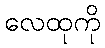
လေထုကို